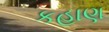
કહાણ